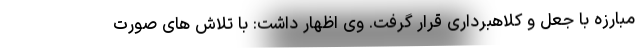
مبارزه با جعل و کلاهبرداری قرار گرفت. وی اظهار داشت: با تلاش های صورت